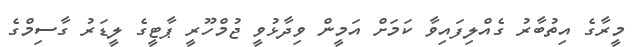
މީރާގެ އިތުބާރު ގެއްލިފައިވާ ކަމަށް އަމީން ވިދާޅުވީ ޖުމްހޫރީ ޕާޓީގެ ލީޑަރު ގާސިމްގެ